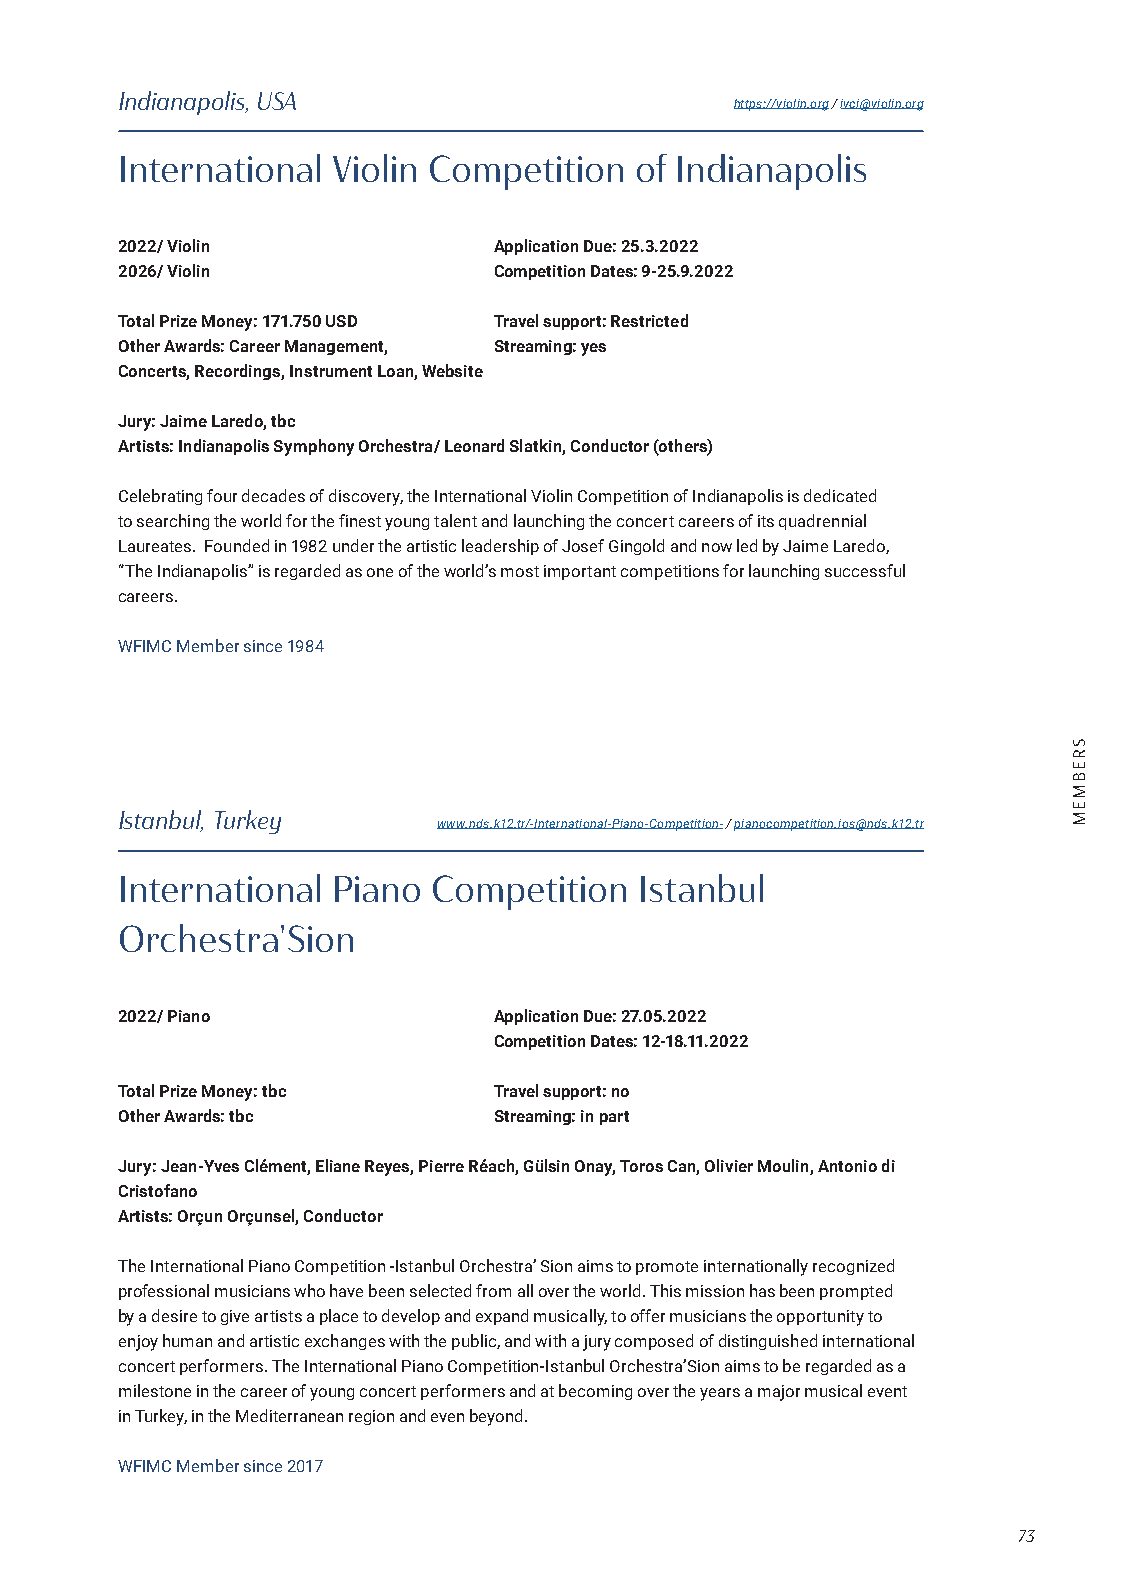
Indianapolis, USA
 https://violin.org / ivci@violin.org
 International Violin Competition  of Indianapolis
 2022/ Violin             Application Due: 25.3.2022
 2026/ Violin             Competition Dates: 9-25.9.2022
 Total Prize Money: 171.750 USD Travel support: Restricted
 Other Awards: Career Management, Streaming: yes
 Concerts, Recordings, Instrument Loan, Website
 Jury: Jaime Laredo, tbc
 Artists: Indianapolis Symphony Orchestra/ Leonard Slatkin, Conductor (others)
 Celebrating four decades of discovery, the International Violin Competition of Indianapolis is dedicated
 to searching the world for the finest young talent and launching the concert careers of its quadrennial
 Laureates. Founded in 1982 under the artistic leadership of Josef Gingold and now led by Jaime Laredo,
 “The Indianapolis” is regarded as one of the world’s most important competitions for launching successful
 careers.
 WFIMC Member since 1984
 Istanbul, Turkey
 www.nds.k12.tr/-International-Piano-Competition- / pianocompetition.ios@nds.k12.tr
 International Piano  Competition  Istanbul
 Orchestra'Sion
 2022/ Piano              Application Due: 27.05.2022
 Competition Dates: 12-18.11.2022
 Total Prize Money: tbc   Travel support: no
 Other Awards: tbc        Streaming: in part
 Jury: Jean-Yves Clément, Eliane Reyes, Pierre Réach, Gülsin Onay, Toros Can, Olivier Moulin, Antonio di
 Cristofano
 Artists: Orçun Orçunsel, Conductor
 The International Piano Competition -Istanbul Orchestra’ Sion aims to promote internationally recognized
 professional musicians who have been selected from all over the world. This mission has been prompted
 by a desire to give artists a place to develop and expand musically, to offer musicians the opportunity to
 enjoy human and artistic exchanges with the public, and with a jury composed of distinguished international
 concert performers. The International Piano Competition-Istanbul Orchestra’Sion aims to be regarded as a
 milestone in the career of young concert performers and at becoming over the years a major musical event
 in Turkey, in the Mediterranean region and even beyond.
 WFIMC Member since 2017
 73
 SREBMEM